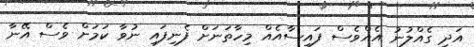
އަދި ގެއްލުނު އެއްވެސް ފައިސާއެއް މިހާތަނަށް ފެނިފައި ނުވާ ކަމަށް ވެސް އޭނާ